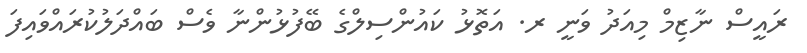
ރައީސް ނާޒިމް މިއަދު ވަނީ ރ. އަތޮޅު ކައުންސިލްގެ ބޭފުޅުންނާ ވެސް ބައްދަލުކުރައްވައިފަ